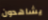
يشاهدون